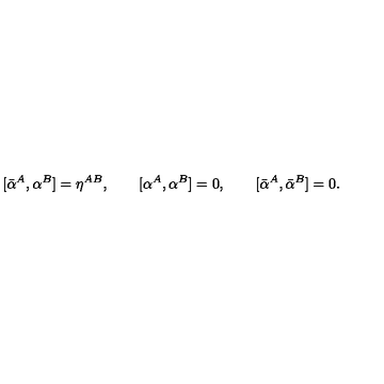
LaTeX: [ \bar { \alpha } ^ { A } , \alpha ^ { B } ] = \eta ^ { A B } , \qquad [ \alpha ^ { A } , \alpha ^ { B } ] = 0 , \qquad [ \bar { \alpha } ^ { A } , \bar { \alpha } ^ { B } ] = 0 .